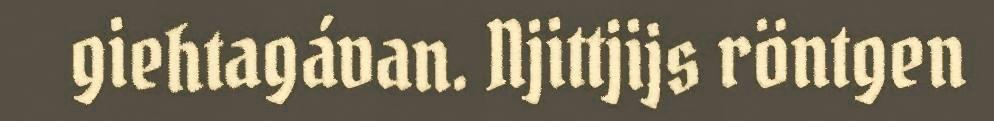
giehtagávan. Njittjijs röntgen